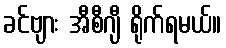
ခင်ဗျား အီစီဂျီ ရိုက်ရမယ်။